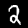
Digit: 2